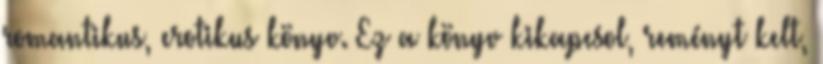
romantikus, erotikus könyv. Ez a könyv kikapcsol, reményt kelt,